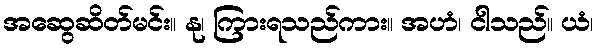
အဆွေဆိတ်မင်း။ နု၊ ကြားရသည်ကား။ အဟံ၊ ငါသည်။ ယံ၊